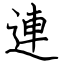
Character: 連